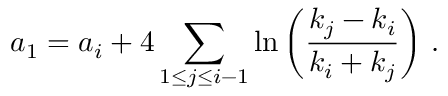
a _ { 1 } = a _ { i } + 4 \sum _ { 1 \leq j \leq i - 1 } \ln \left( \frac { k _ { j } - k _ { i } } { k _ { i } + k _ { j } } \right) \, .